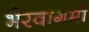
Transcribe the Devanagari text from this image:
भैरवागमों